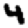
Digit: 4